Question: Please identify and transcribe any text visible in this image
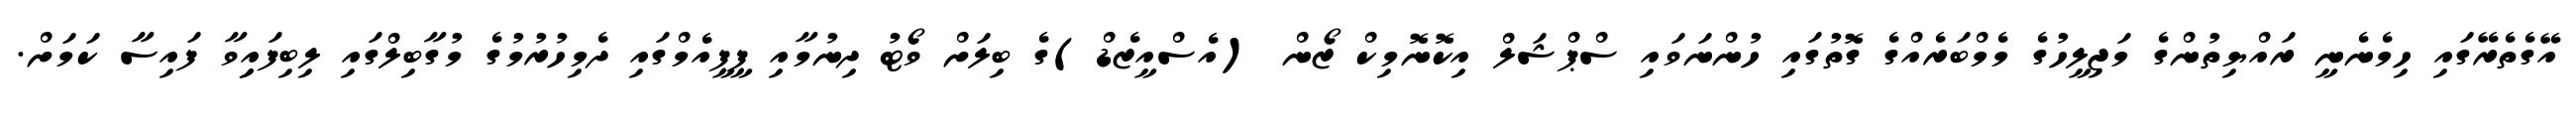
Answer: އޭގެތެރޭގައި ހިމެނެނީ ރައްޔިތުންގެ މަޖިލީހުގެ މެމްބަރެއްގެ ގޮތުގައި ހުންނަވައި ސްޕްޝަލް އިކޮނޮމިކް ޒޯން (އެސްއީޒެޑް)ގެ ބިލަށް ވޯޓު ދިނުމާއި ޕީޕީއެމްގައި ދެމިހުރުމުގެ މުގާބިލްގައި ލިބިފައިިވާ ފައިސާ ކަމަށް.